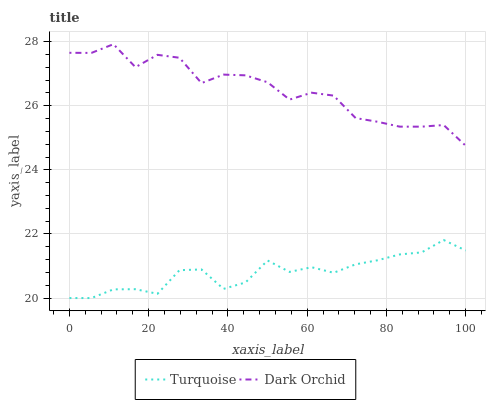
| xaxis_label | Turquoise | Dark Orchid |
 | --- | --- | --- |
 | 0 | 20 | 27.7 |
 | 5.56 | 20 | 27.7 |
 | 11.1 | 20.3 | 27.9 |
 | 16.7 | 20.3 | 27.2 |
 | 22.2 | 20.1 | 27.6 |
 | 27.8 | 20.9 | 27.5 |
 | 33.3 | 20.9 | 26.7 |
 | 38.9 | 20.3 | 27 |
 | 44.4 | 20.5 | 27 |
 | 50 | 21.2 | 26.7 |
 | 55.6 | 20.8 | 26.2 |
 | 61.1 | 21 | 26.4 |
 | 66.7 | 20.8 | 26.3 |
 | 72.2 | 21.1 | 25.6 |
 | 77.8 | 21.2 | 25.5 |
 | 83.3 | 21.4 | 25.3 |
 | 88.9 | 21.4 | 25.3 |
 | 94.4 | 21.8 | 25.4 |
 | 100 | 21.5 | 24.8 |